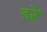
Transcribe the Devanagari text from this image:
हरें